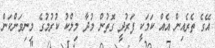
އޭގެ ތެރެއިން އެއް ކަމަކީ ފަރުދީ ގޮތުން މުދާ މިލްކު ކުރުމުގެ މިނިވަންކަން